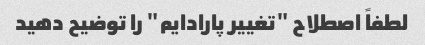
لطفاً اصطلاح "تغییر پارادایم" را توضیح دهید